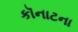
કૉનાટના